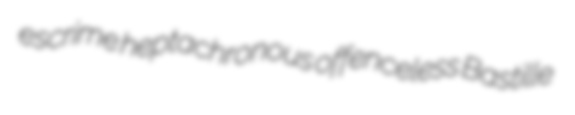
escrime heptachronous offenceless Bastille